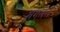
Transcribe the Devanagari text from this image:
खंगलेले